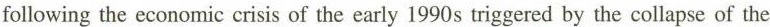
following the economic crisis of the early 1990s triggered by the collapse of the